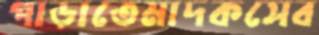
পাড়াতেমাদকসেব